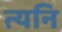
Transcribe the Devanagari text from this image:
त्यनि